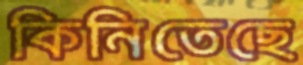
কিনিতেছে